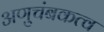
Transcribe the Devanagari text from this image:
अणुचंबकत्व